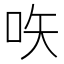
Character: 𠱈